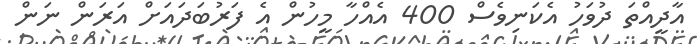
އާދީއްތަ ދުވަހު އެކަނިވެސް 400 އެއްހާ މީހުން އެ ފަރުބަދައަށް އަރަން ނަން